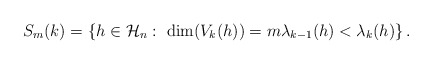
\begin{align*}S_m(k) = \left\{h \in \mathcal H_n:\ \dim(V_k(h))=m \lambda_{k-1}(h)<\lambda_k(h) \right\}.\end{align*}